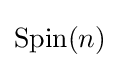
{\mathrm {Spin} }(n)